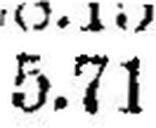
5.71